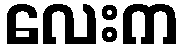
လေးက